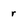
Character: r